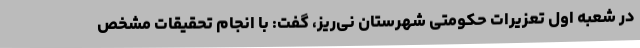
در شعبه اول تعزیرات حکومتی شهرستان نی‌ریز، گفت: با انجام تحقیقات مشخص